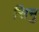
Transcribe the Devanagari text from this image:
सिमु